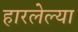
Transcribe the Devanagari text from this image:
हारलेल्या